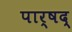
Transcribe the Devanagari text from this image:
पार्षद्